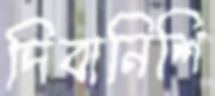
দিবানিশি